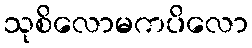
သုစိလောမကပိလော